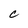
Character: c